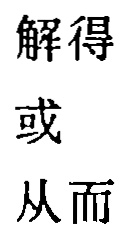
解得\\

或\\

从而